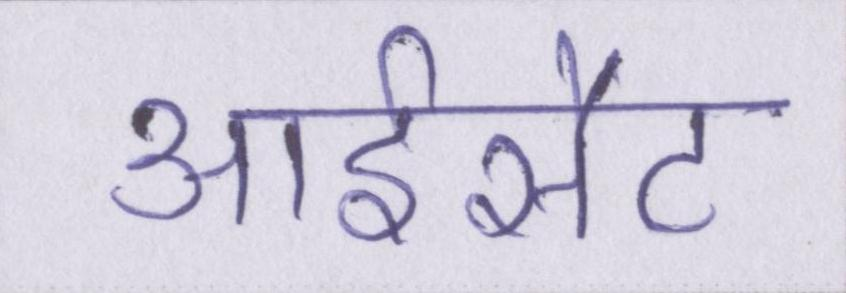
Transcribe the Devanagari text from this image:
आईसैट